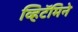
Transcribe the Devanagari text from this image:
व्हिटॅमिने